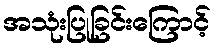
အသုံးပြုခြင်းကြောင့်